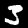
Label: 3